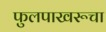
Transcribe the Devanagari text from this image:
फुलपाखरूचा